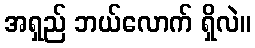
အရှည် ဘယ်လောက် ရှိလဲ။